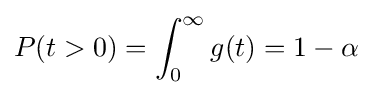
P(t>0)=\int _{0}^{\infty }g(t)=1-\alpha